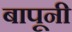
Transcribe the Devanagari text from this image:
बापूनी